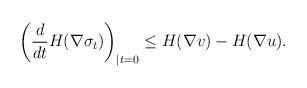
LaTeX: \begin{align*}\left(\frac{d}{dt} H(\nabla \sigma_t)\right)_{|t=0}\le H(\nabla v)-H(\nabla u).\end{align*}